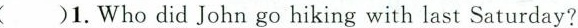
( )1.Who did John go hiking with last Saturday?